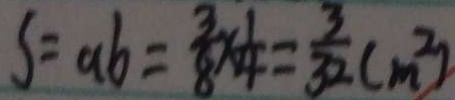
S = a b = \frac { 3 } { 8 } \times \frac { 1 } { 4 } = \frac { 3 } { 3 2 } ( m ^ { 2 } )